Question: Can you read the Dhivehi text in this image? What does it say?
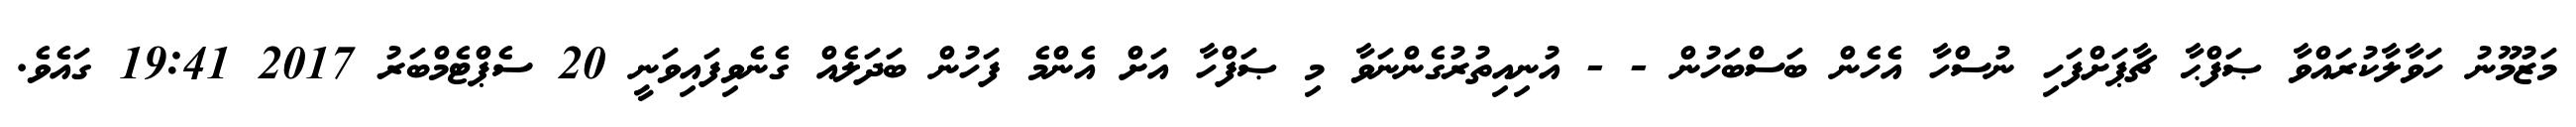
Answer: މަޒުމޫނު ހަވާލާކުރައްވާ ޞަފްޙާ ޗާޕަށްފަހި ނުސްހާ އެހެން ބަސްބަހުން - - އުނިއިތުރުގެންނަވާ މި ޞަފްހާ އަށް އެންމެ ފަހުން ބަދަލެއް ގެނެވިފައިވަނީ 20 ސެޕްޓެމްބަރު 2017 19:41 ގައެވެ.